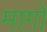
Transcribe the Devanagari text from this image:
माग़ो